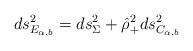
LaTeX: \begin{align*}ds^2_{E_{\alpha , b}}=ds^2_\Sigma+\hat{\rho}^2_+ ds^2_{C_{\alpha , b}}\end{align*}